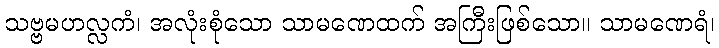
သဗ္ဗမဟလ္လကံ၊ အလုံးစုံသော သာမဏေထက် အကြီးဖြစ်သော။ သာမဏေရံ၊